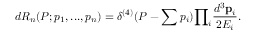
d { \cal R } _ { n } ( P ; p _ { 1 } , . . . , p _ { n } ) = { \delta } ^ { ( 4 ) } ( P - \sum { p _ { i } } ) { \prod } _ { i } { \frac { d ^ { 3 } { \bf p } _ { i } } { 2 E _ { i } } } .